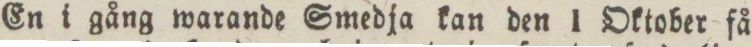
En i gång warande Smedja kan den 1 Oktober få